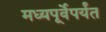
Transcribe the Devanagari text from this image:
मध्यपूर्वेपर्यंत